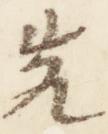
先